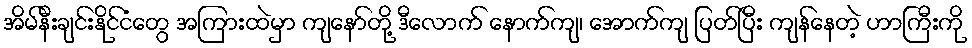
အိမ်နီးချင်းနိုင်ငံတွေ အကြားထဲမှာ ကျနော်တို့ ဒီလောက် နောက်ကျ၊ အောက်ကျ ပြတ်ပြီး ကျန်နေတဲ့ ဟာကြီးကို